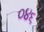
૦૪૬